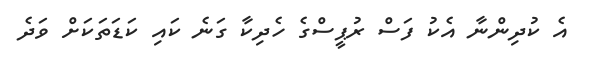
އެ ކުދިންނާ އެކު ފަސް ރުޕީސްގެ ހެދިކާ ގަނެ ކައި ކަޑަތަކަށް ވަދެ